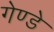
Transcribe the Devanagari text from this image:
गेण्डे